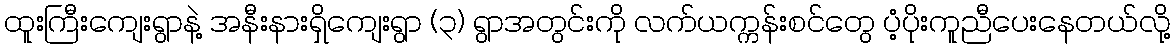
ထူးကြီးကျေးရွာနဲ့ အနီးနားရှိကျေးရွာ (၃) ရွာအတွင်းကို လက်ယက္ကန်းစင်တွေ ပံ့ပိုးကူညီပေးနေတယ်လို့